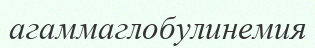
агаммаглобулинемия